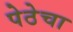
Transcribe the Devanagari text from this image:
पेठेचा